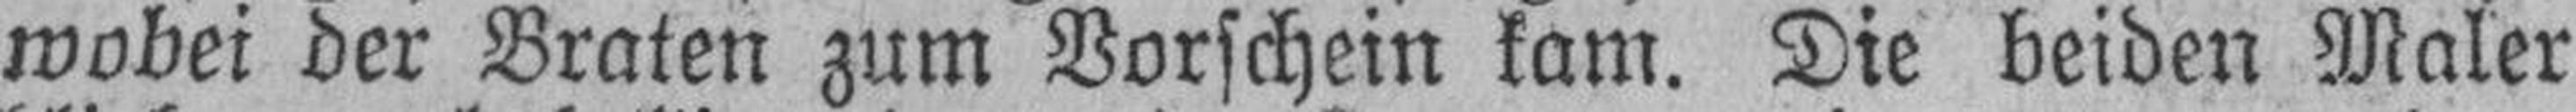
wobei der Braten zum Vorschein kam. Die beiden Maler